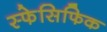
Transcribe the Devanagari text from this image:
स्फेसिफिक